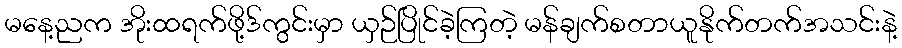
မနေ့ညက အိုးထရက်ဖို့ဒ်ကွင်းမှာ ယှဉ်ပြိုင်ခဲ့ကြတဲ့ မန်ချက်စတာယူနိုက်တက်အသင်းနဲ့